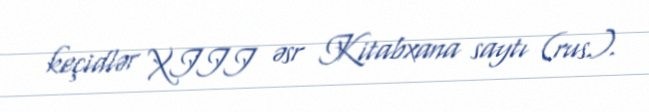
keçidlər XIII əsr Kitabxana saytı (rus.).